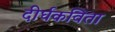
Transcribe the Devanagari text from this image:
दीर्घकविता